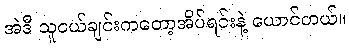
အဲဒီ သူငယ်ချင်းကတော့အိပ်ရင်းနဲ့ ယောင်တယ်။